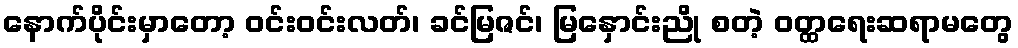
နောက်ပိုင်းမှာတော့ ဝင်းဝင်းလတ်၊ ခင်မြဇင်၊ မြနှောင်းညို စတဲ့ ဝတ္ထရေးဆရာမတွေ